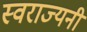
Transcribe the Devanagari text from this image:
स्वराज्यनी